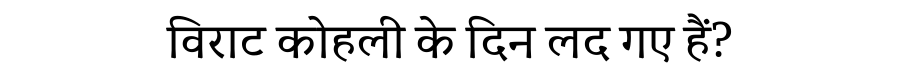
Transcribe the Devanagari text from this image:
विराट कोहली के दिन लद गए हैं?